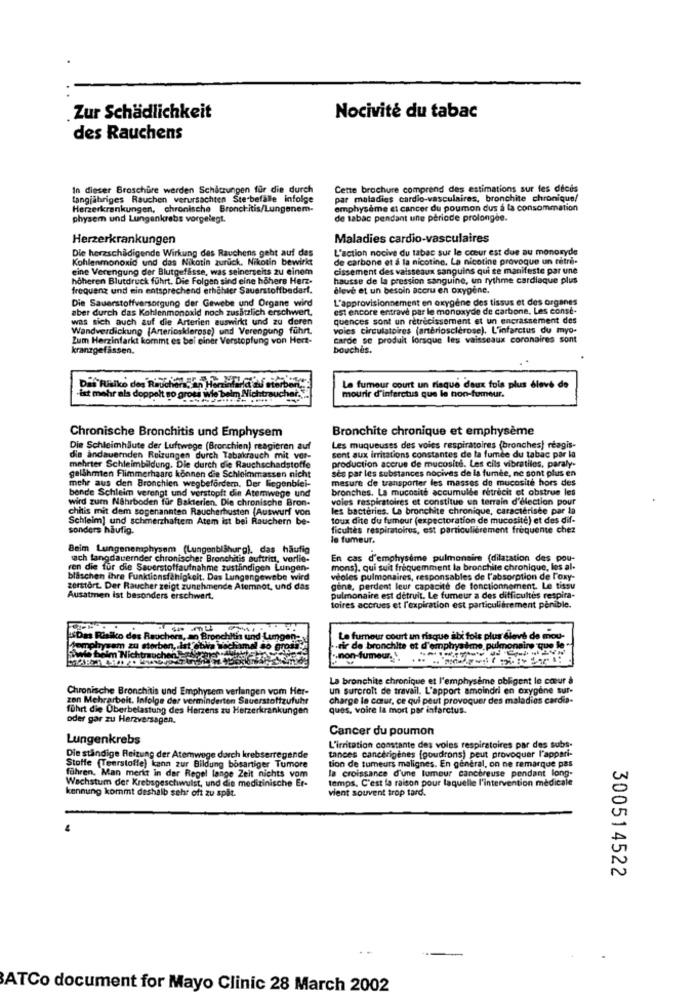
Zur Schädlichkeit
Nocivité du tabac
des Rauchens
In dieser Broschüre werden Schatzungen für die durch
Cette brochure comprend des estimations sur fes dicis
Langjähriges Rauchen verursachten Ste-befalle infolge
par maladies cardio-vasculaires, bronchite chronique/
Herzerkrankungen, chronische Bronchitis/Lungenem-
emphysème et cancer du poumon dus a la consommation
physem und Lungenkrebs vorgelegt.
de tabac pendant une periode prolongee.
Herzerkrankungen
Maladies cardio-vasculaires
L'action nocive du tabac sur le coeur est due au monoxyde
Die herzschädigende Wirkung des Rauchens geht auf das
Kohlenmonoxid und das Nikotin zurück. Nikotin bewirkt
de carbone et & la nicotine. La nicotine provoque un retre-
eine Verengung der Blutgefasse, was seinerseits zu einem
cissement des vaisseaux sanguins qui se manifeste par une
höheren Blutdruck führt. Die Folgen sind eine höhere Herz-
hausse de la pression sanguine, un rythme cardiaque plus
frequenz und ein entsprechend erhöhter Sauerstoffbedarf.
élevé et un besoin accru en oxygene.
Die Sauerstoffversorgung der Gewebe und Organe wird
L'approvisionnement en oxygène des tissus et des organes
aber durch das Kohlenmonoxid noch zusätzlich erschwert,
est encore entrave par le monoxyde de carbone. Les const-
was sich auch auf die Arterien auswirkt und zu doren
quences sont un rétrécissement et un encrassement des
Wandverdickung (Arteriosklerose) und Verengung führt.
voles circulatoires (arteriosclerose), L'infarctus du myo-
Zum Herzinfarkt kommt es bei einer Verstopfung von Hert-
carde se produit lorsque les vaisseaux coronaires sont
kranzgefassen.
bouches.
Das Risiko dos RAToir 545 HarMirdas
Nicht
La fumeur court un risque deux fois plus élevé de
-ist mehr als doppelt so gross w
mourir d'inferctus que le non-fumeur.
Bronchite chronique et emphysème
Chronische Bronchitis und Emphysem
Die Schleimhäute der Luftwege (Bronchien) reagieren auf
Les muqueuses des voies respiratoires (bronches) réagis-
die andauernden Reizungen durch Tabakrauch mit ver-
production accrue de mucosité. Les cils vibratiles, paraly-
sent aux irritations constantes de la fumée du tabac par la
mehrter Schleimbildung. Die durch die Rauchschadstoffe
ses par les substances nocives de la fumée, ne sont plus en
gelähmten Flimmerhaare können die Schleimmassen nicht
mehr aus den Bronchien wegbefordern. Der liegenblei-
mesure de transporter les masses de mucosité hors des
bende Schleim verengt und verstopft die Atemwege und
bronches, La mucosité accumulde retrecit et obstrue les
wird zum Nährboden for Bakterien. Die chronische Bron-
voies respiratoires et constitue un terrain d'élection pour
chitis mit dem sogenannten Raucherhusten (Auswurf von
les
eries. La bronchite chronique, caractérisée par la
Schleim] und schmerzhaftem Atem ist bei Rauchern be-
toux dite du fumeur (expectoration de mucosité) et des dif-
sonders häufig.
ficultes respiratoires, est particulièrement frequente chez
le fumeur.
Beim Lungenemphysem (Lungenblåhurg), das häufig
sach langdauernder chronischer Bronchitis auftritt, vorlie-
En cas d'emphysème pulmonaire (dilatation des pou-
ren die für die Sauerstoffaufnahme zuständigen Lungen-
mons). qui suit fréquemment la bronchite chronique, les al-
bläschen ihre Funktionsfähigkeit. Das Lungengewebe wird
veoles pulmonaires, responsables de l'absorption de oxy-
zerstört. Der Raucher zeigt zunehmende Atemnot, und das
gene, perdent leur capacité de fonctionnement. Le tissu
Ausatmen ist besonders erschwert.
pulmonaire est détruit. Le fumeur a des difficultés respira-
toires accrues et l'expiration est particulièrement pénible.
L'Das Risiko des Rauchers, an Bronchiti
Le fumeur court un risque ibi fois plus élevé de mou-
wam zu storban, let etwas
.riz de bronchite et d'emphystm
hysème. pulmonaire que le*
im Nichtrauchen
.non-fumeur. .
La bronchite chronique et l'emphysème obligent le cœur à
Chronische Bronchitis und Emphysem verlangen vom Her-
un surcroît de travail. L'apport amoindri en oxygène sur-
zon Mehrarbeit. Infolge der verminderten Sauerstoffzufuhr
charge le coeur, ce qui peut provoquer des maladies
führt die Überbelastung des Herzens zu Herzerkrankungen
ques, voire la mort par infarctus.
oder gar zu Herzversagen.
Cancer du poumon
Lungenkrebs
L'irritation constante des voles respiratoires par des subs-
Die ständige Reizung der Atemwege durch krebserregende
tances cancérigènes (goudrons) peut provoquer l'appari-
Stoffe (Teerstoffe) kann zur Bildung bösartiger Tumore
tion de tumeurs malignes. En general, on ne remarque pas
la croissance d'une lumeur cancéreuse pendant long-
Wachstum der Krebsgeschwulst, und die medizinische Er-
führen. Man merkt in der Regel lange Zeit nichts vom
temps, C'est la raison pour laquelle l'intervention medicale
kennung kommt deshalb sehr oft zu spät.
vient souvent trop tard.
300514522
ATCo document for Mayo Clinic 28 March 2002